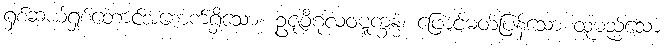
ရှစ်ဆယ့်ရှစ်တောင်အစောက်ရှိသော။ ဥဇုဝိဂုလဝဋ္ဋက္ခန္ဓံ၊ ဖြောင့်မတ်ပြန်သော ထုမည်သော